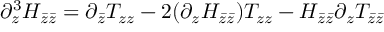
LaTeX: \partial _ { z } ^ { 3 } H _ { \bar { z } \bar { z } } = \partial _ { \bar { z } } T _ { z z } - 2 ( \partial _ { z } H _ { \bar { z } \bar { z } } ) T _ { z z } - H _ { \bar { z } \bar { z } } \partial _ { z } T _ { \bar { z } \bar { z } }